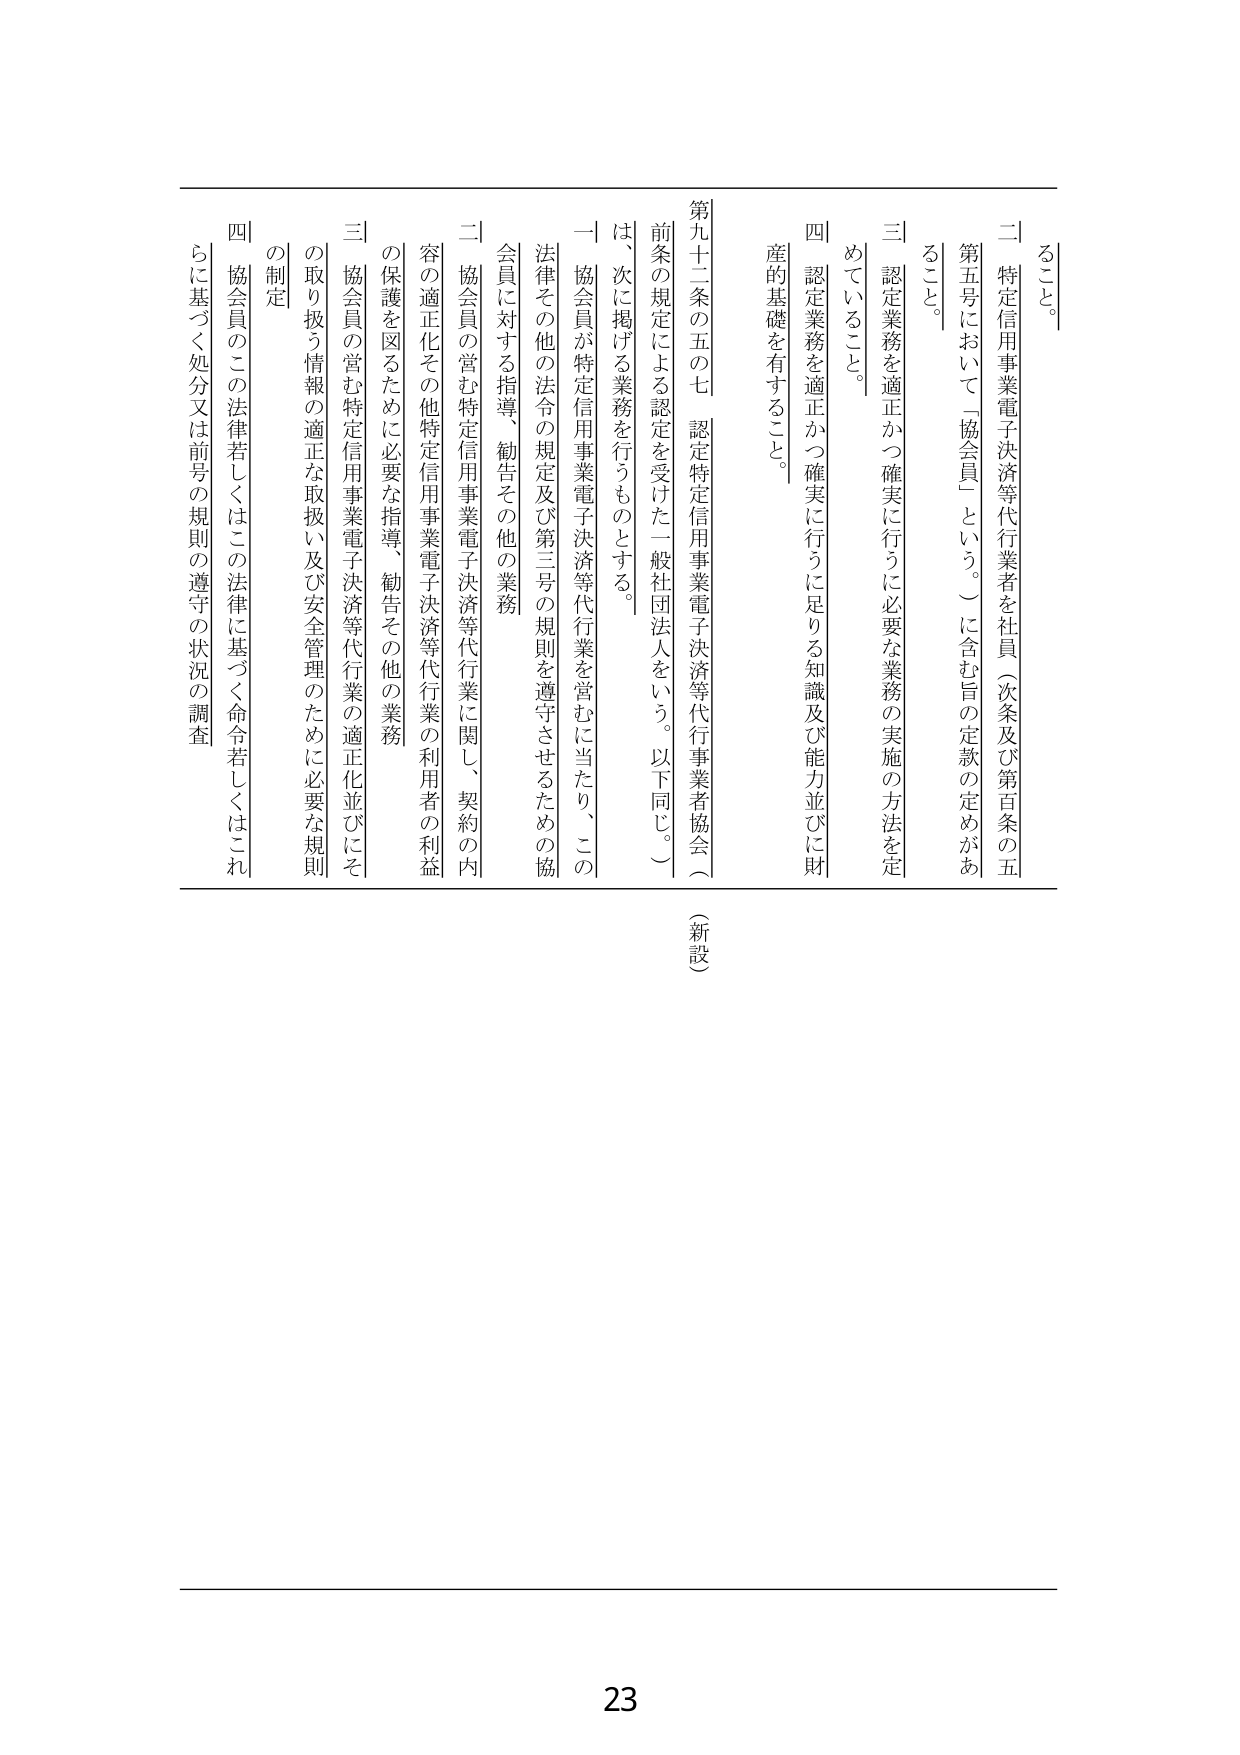
るこ と。

二 特定信用事業電子決済等代行業者を社員（次条及び第百条の五
第五号において「協会員」という。）に含む旨の定款の定めがあ
ること。

三 認定業務を適正かつ確実に行うに必要な業務の実施の方法を定
めていること。

四 認定業務を適正かつ確実に行うに足りる知識及び能力並びに財
産的基礎を有すること。

第九十二条の五の七 認定特定信用事業電子決済等代行業者協会（
前条の規定による認定を受けた一般社団法人をいう。以下同じ。）
は、次に掲げる業務を行うものとする。

一 協会員が特定信用事業電子決済等代行業を営むに当たり、この
法律その他の法令の規定及び第三号の規則を遵守させるための協
会員に対する指導、勧告その他の業務

二 協会員の営む特定信用事業電子決済等代行業に関し、契約の内
容の適正化その他特定信用事業電子決済等代行業の利用者の利益
の保護を図るために必要な指導、勧告その他の業務

三 協会員の営む特定信用事業電子決済等代行業の適正化並びにそ
の取り扱う情報の適正な取扱い及び安全管理のために必要な規則
の制定

四 協会員のこの法律若しくはこの法律に基づく命令若しくはこれ
らに基づく処分又は前号の規則の遵守の状況の調査

（新設）

23